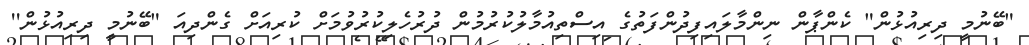
"ބޭނުމީ ދިރިއުޅުން" ކެންޕާން ނިންމާލައިފިދުންފަތުގެ އިސްތިއުމާލުކުރުމުން ދުރުހެލިކުރުވުމަށް ކުރިއަށް ގެންދިއަ "ބޭނުމީ ދިރިއުޅުން''